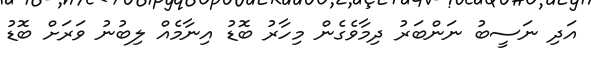
އަދި ނަސީބު ނަންބަރު ދިމާވެގެން މިހާރު ބޮޑު އިނާމެއް ލިބުނު ވަރަށް ބޮޑު